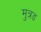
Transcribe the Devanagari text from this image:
मुत्रड